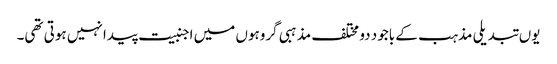
یوں تبدیلی مذہب کے باجود دو مختلف مذہبی گروہوں میں اجنبیت پیدا نہیں ہوتی تھی۔